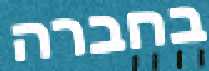
בחברה